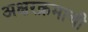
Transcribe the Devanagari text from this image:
अक्षरक्रमाची